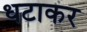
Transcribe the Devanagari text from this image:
धटाकर